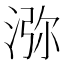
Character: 㳽